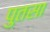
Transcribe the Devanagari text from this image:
पुतसा